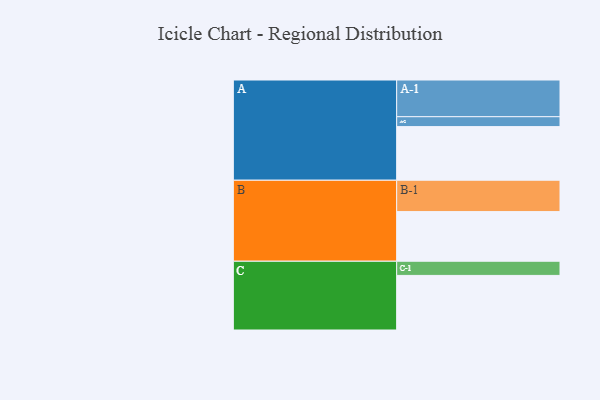
{"axis": {"x": "Segment", "y": "Value"}, "legend": ["", "A", "B", "C"], "data": [{"x": "A", "y": 390, "type": ""}, {"x": "B", "y": 361, "type": ""}, {"x": "C", "y": 397, "type": ""}, {"x": "A-1", "y": 267, "type": "A"}, {"x": "A-2", "y": 72, "type": "A"}, {"x": "B-1", "y": 228, "type": "B"}, {"x": "C-1", "y": 103, "type": "C"}]}